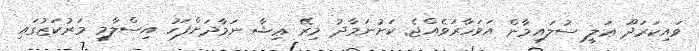
ވައިކަރަދޫ ޢަލީ ސުލައިމާން އަވަހާރަވެއްޖެ